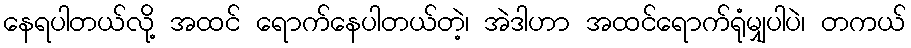
နေရပါတယ်လို့ အထင် ရောက်နေပါတယ်တဲ့၊ အဲဒါဟာ အထင်ရောက်ရုံမျှပါပဲ၊ တကယ်